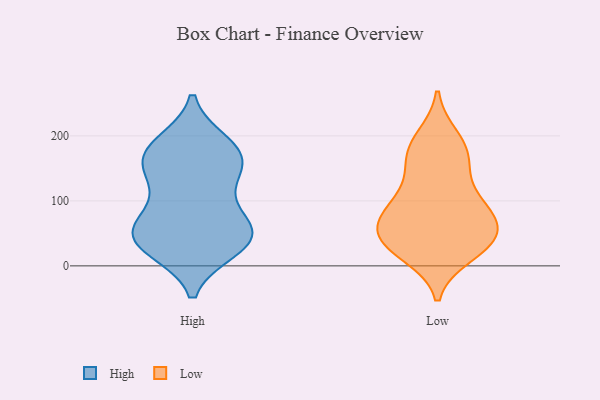
{"axis": {"x": "Inventory Turnover", "y": "Value"}, "legend": ["High", "Low"], "data": [{"x": "", "y": 80, "type": "High"}, {"x": "", "y": 38, "type": "High"}, {"x": "", "y": 187, "type": "High"}, {"x": "", "y": 163, "type": "High"}, {"x": "", "y": 176, "type": "High"}, {"x": "", "y": 43, "type": "High"}, {"x": "", "y": 47, "type": "High"}, {"x": "", "y": 32, "type": "High"}, {"x": "", "y": 27, "type": "High"}, {"x": "", "y": 176, "type": "High"}, {"x": "", "y": 135, "type": "High"}, {"x": "", "y": 55, "type": "High"}, {"x": "", "y": 127, "type": "High"}, {"x": "", "y": 65, "type": "High"}, {"x": "", "y": 164, "type": "High"}, {"x": "", "y": 39, "type": "Low"}, {"x": "", "y": 163, "type": "Low"}, {"x": "", "y": 18, "type": "Low"}, {"x": "", "y": 98, "type": "Low"}, {"x": "", "y": 187, "type": "Low"}, {"x": "", "y": 142, "type": "Low"}, {"x": "", "y": 87, "type": "Low"}, {"x": "", "y": 80, "type": "Low"}, {"x": "", "y": 53, "type": "Low"}, {"x": "", "y": 73, "type": "Low"}, {"x": "", "y": 99, "type": "Low"}, {"x": "", "y": 44, "type": "Low"}, {"x": "", "y": 26, "type": "Low"}, {"x": "", "y": 169, "type": "Low"}, {"x": "", "y": 31, "type": "Low"}, {"x": "", "y": 197, "type": "Low"}, {"x": "", "y": 50, "type": "Low"}]}